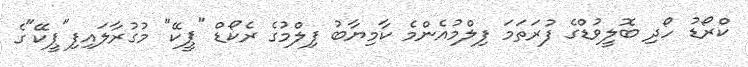
ކްރޯޑު ހޯދި ބޮލީވުޑްގެ ފުރަތަމަ ފިލްމުއެންމެ ކާމިޔާބު ފިލްމުގެ ރެކޯޑް "ޕީކޭ" މުގުރާލައިފި"ޕީކޭ"ގެ